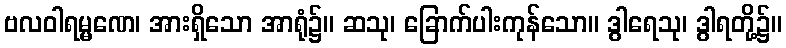
ဗလဝါရမ္မဏေ၊ အားရှိသော အာရုံ၌။ ဆသု၊ ခြောက်ပါးကုန်သော။ ဒွါရေသု၊ ဒွါရတို့၌။